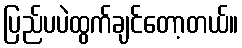
ပြည်ပပဲထွက်ချင်တော့တယ်။